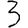
Digit: 3